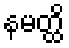
နမတ္ထိ